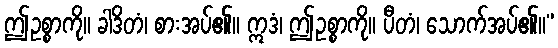
ဤဥစ္စာကို။ ခါဒိတံ၊ စားအပ်၏။ ဣဒံ၊ ဤဥစ္စာကို။ ပီတံ၊ သောက်အပ်၏။”